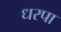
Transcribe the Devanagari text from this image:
धरपा